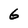
Character: 6